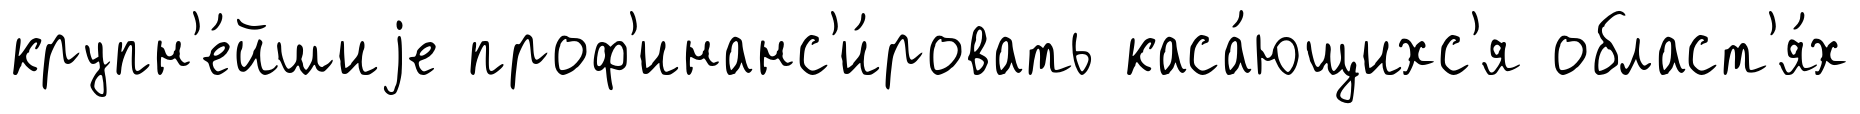
крупн'е́йшиjе проф'инанс'и́ровать каса́ющихс'я област'я́х